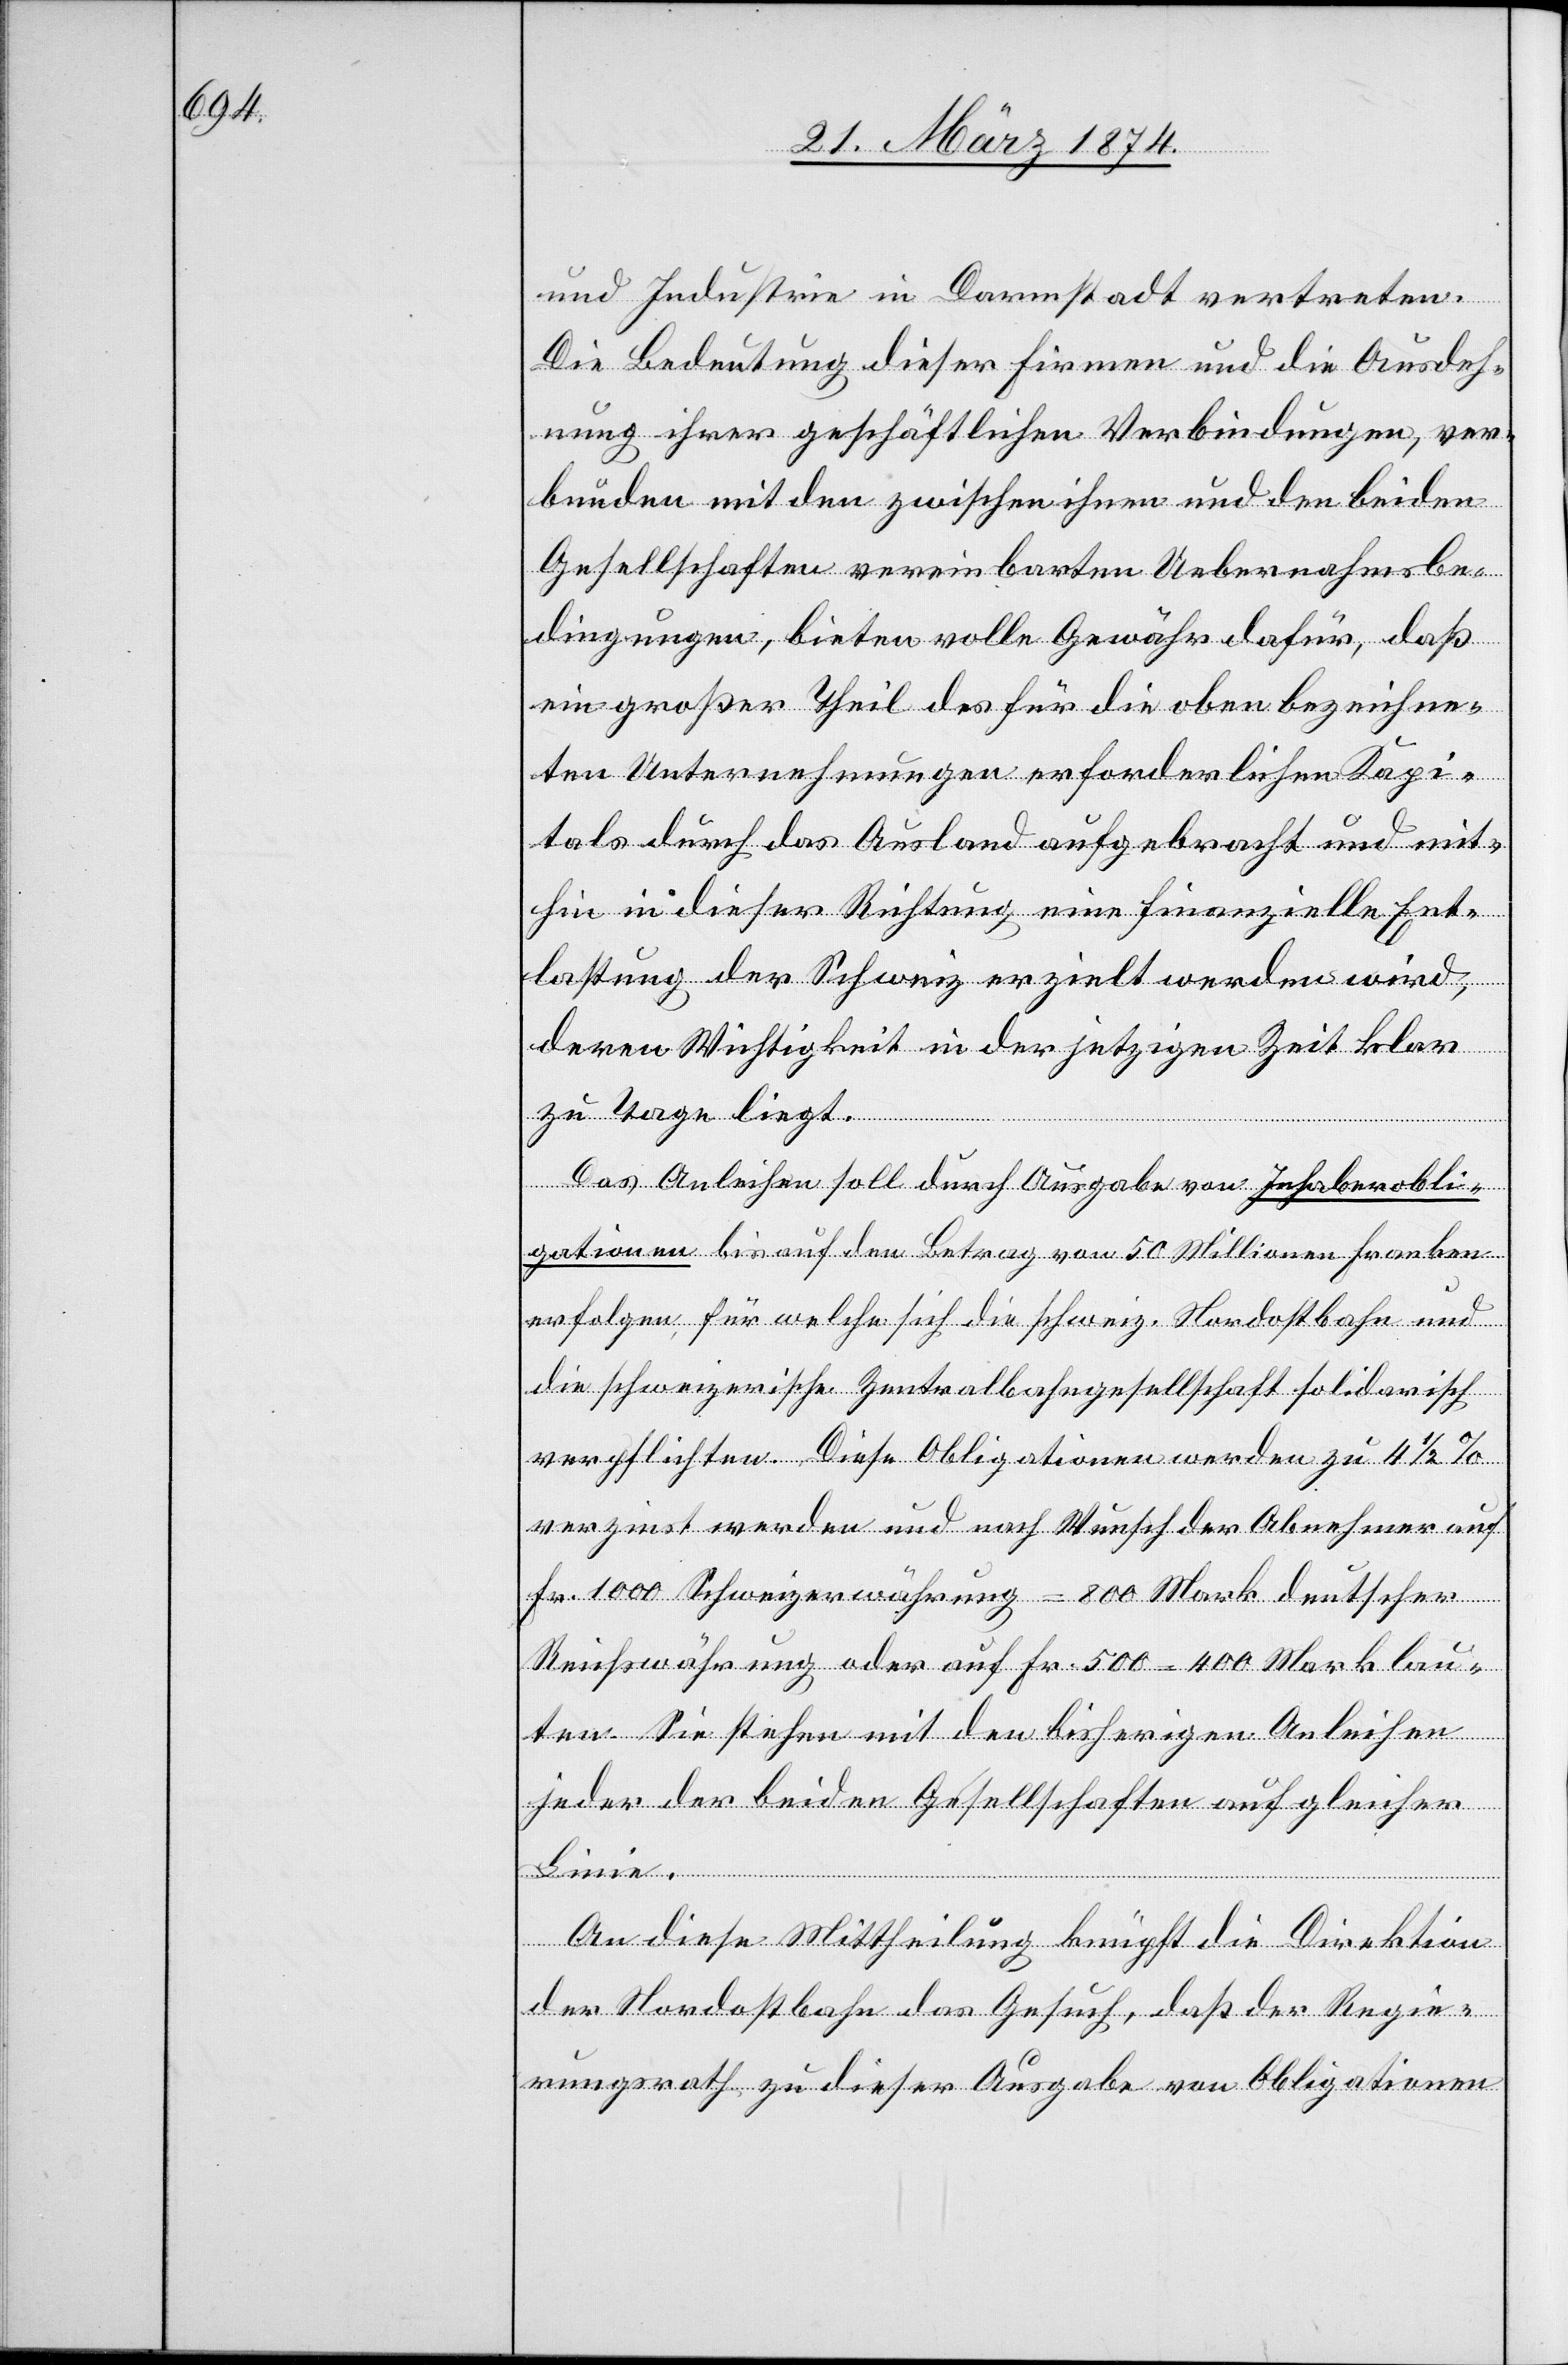
und Industrie in Darmstadt vertreten.
Die Bedeutung dieser Firmen und die Ausdeh¬
nung ihrer geschäftlichen Verbindungen, ver¬
bunden mit den zwischen ihnen und den beiden
Gesellschaften vereinbarten Uebernahmsbe¬
dingungen, bieten volle Gewähr dafür, daß
ein großer Theil des für die oben bezeichne¬
ten Unternehmungen erforderlichen Kapi¬
tals durch das Ausland aufgebracht und mit¬
hin in dieser Richtung eine finanzielle Ent¬
lastung der Schweiz erzielt werden wird,
deren Wichtigkeit in der jetzigen Zeit klar
zu Tage liegt.
Das Anleihen soll durch Ausgabe von Inhaberobli¬
gationen bis auf den Betrag von 50 Millionen Franken
erfolgen, für welche sich die schweiz. Nordostbahn und
die schweizerische Zentralbahngesellschaft solidarisch
verpflichten. Diese Obligationen werden zu 4 1/2%
verzinst werden und nach Wunsch der Abnehmer auf
Fr. 1000 Schweizerwährung = 800 Mark deutscher
Reichswährung oder auf Fr. 500 = 400 Mark lau¬
ten. Sie stehen mit den bisherigen Anleihen
jeder der beiden Gesellschaften auf gleicher
Linie.
An diese Mittheilung knüpft die Direktion
der Nordostbahn das Gesuch, daß der Regie¬
rungsrath zu dieser Ausgabe von Obligationen